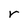
Character: r